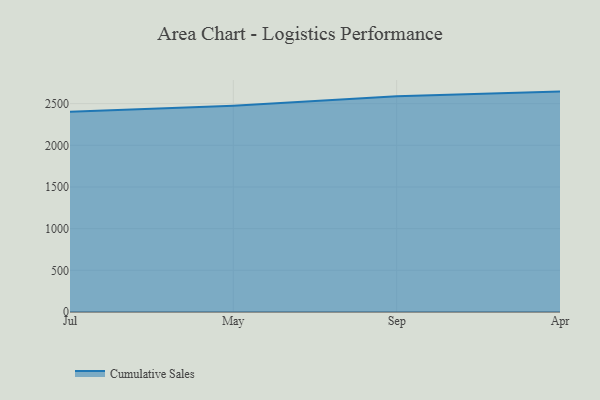
{"axis": {"x": "Month", "y": "Conversion Rate (%)"}, "legend": ["Cumulative Sales"], "data": [{"x": "Jul", "y": 2404.0, "type": "Cumulative Sales"}, {"x": "May", "y": 2475.8, "type": "Cumulative Sales"}, {"x": "Sep", "y": 2589.5, "type": "Cumulative Sales"}, {"x": "Apr", "y": 2644.3, "type": "Cumulative Sales"}]}